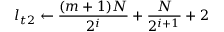
l _ { t 2 } \gets \frac { ( m + 1 ) N } { 2 ^ { i } } + \frac { N } { 2 ^ { i + 1 } } + 2